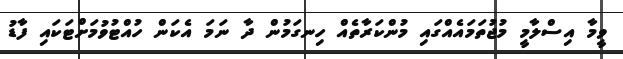
ވީމާ އިސްލާމީ މުޖުތަމައެއްގައި މުންކަރާތެއް ހިނގަމުން ދާ ނަމަ އެކަން ހުއްޓުވުމަށްޓަކައި ފާޑު